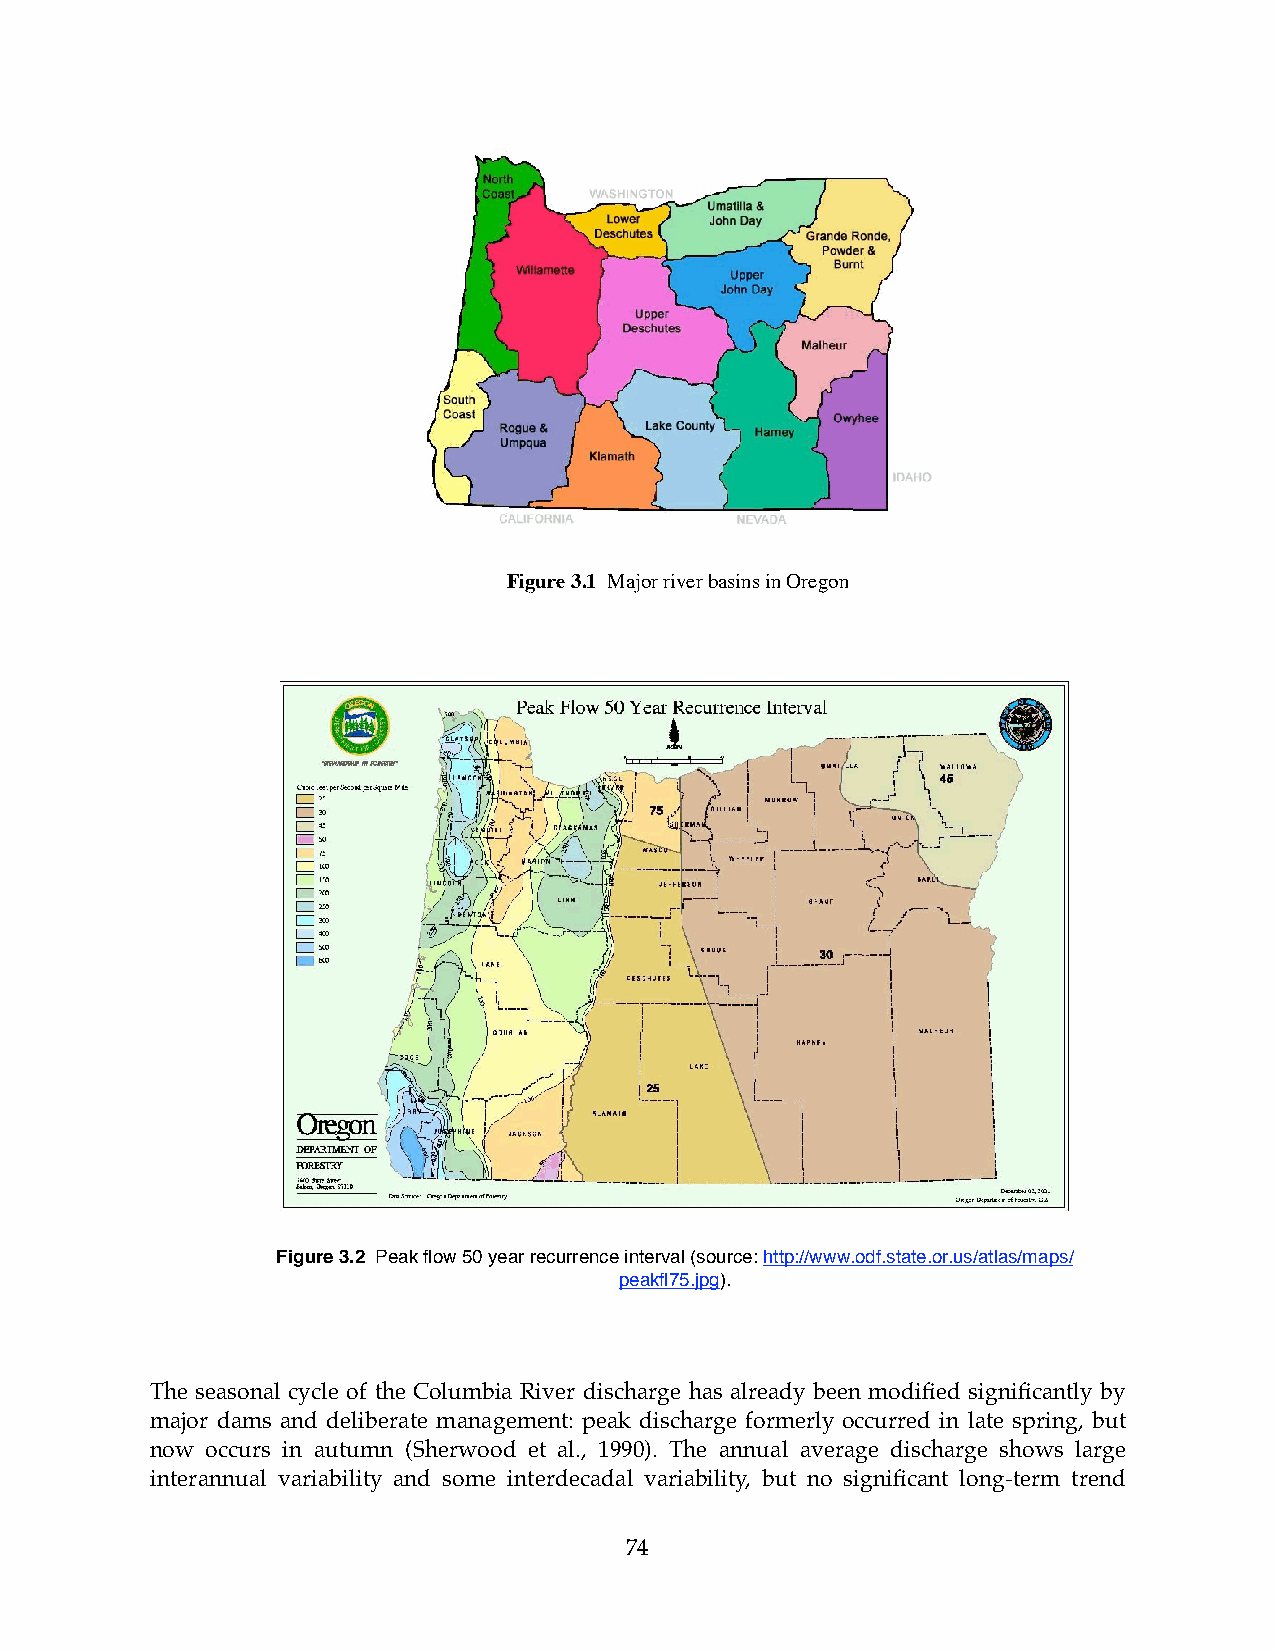
Figure 3.1 Major river basins in Oregon
 Figure 3.2 Peak flow 50 year recurrence interval (source: http://www.odf.state.or.us/atlas/maps/
 peakfl75.jpg).
 The seasonal cycle of the Columbia River discharge has already been modified significantly by
 major dams and deliberate management: peak discharge formerly occurred in late spring, but
 now occurs in autumn (Sherwood et al., 1990). The annual average discharge shows large
 interannual variability and some interdecadal variability, but no significant long-term trend
 74